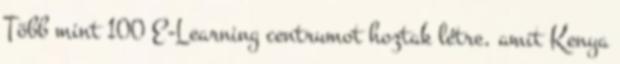
Több mint 100 E-Learning centrumot hoztak létre, amit Kenya